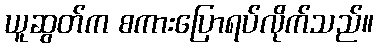
ယူဆွတ်က စကားပြောရပ်လိုက်သည်။